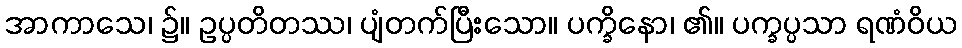
အာကာသေ၊ ၌။ ဥပ္ပတိတဿ၊ ပျံတက်ပြီးသော။ ပက္ခိနော၊ ၏။ ပက္ခပ္ပသာ ရဏံဝိယ